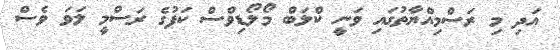
އަދި މި ރަސްމިއްޔާތުގައި ވަނީ ކްލަބް މޯލޯޑިވްސް ކަޕުގެ ރަސްމީ ލަވަ ވެސް